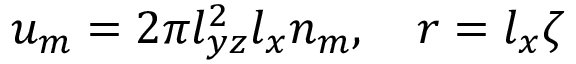
u _ { m } = 2 \pi l _ { y z } ^ { 2 } l _ { x } n _ { m } , \quad r = l _ { x } \zeta